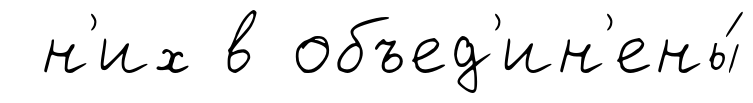
н'их в объед'ин'ены́